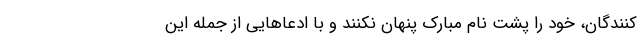
کنندگان، خود را پشت نام مبارک پنهان نکنند و با ادعاهایی از جمله این